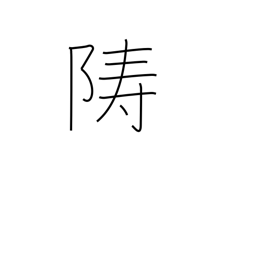
Meaning: island